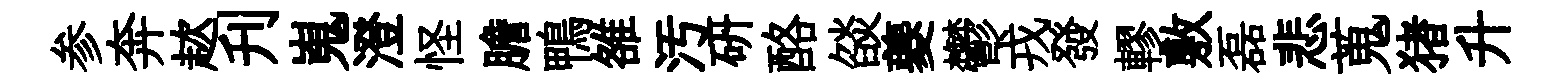
参奔趑刋嵬澄怪膽鴨雒汚研酪燄夔鬱戎發轇敷磊悲蒐猪升